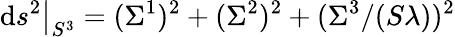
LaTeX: \mathrm{d}s^{2}\big\vert_{S^{3}}=(\Sigma^{1})^{2}+(\Sigma^{2})^{2}+(\Sigma^{3}/(S\lambda))^{2}